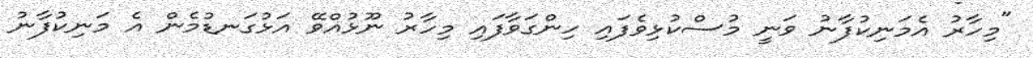
"މިހާރު އެމަނިކުފާނު ވަނީ މުސްކުޅިވެފައި ހިންގަވާފައި މިހާރު ނޫޅުއްވޭ އަޅުގަނޑުމެން އެ މަނިކުފާނު